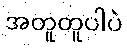
အတူတူပါပဲ